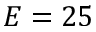
E = 2 5